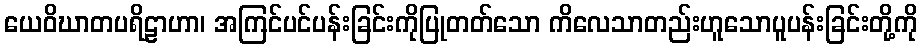
ယေဝိဃာတပရိဠာဟာ၊ အကြင်ပင်ပန်းခြင်းကိုပြုတတ်သော ကိလေသာတည်းဟူသောပူပန်းခြင်းတို့ကို